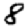
Digit: 8